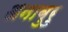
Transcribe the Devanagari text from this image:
अनाबुरु